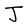
Character: J